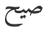
صيح